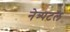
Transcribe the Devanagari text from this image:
नेत्र्पटल